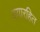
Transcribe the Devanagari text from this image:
दयारहित